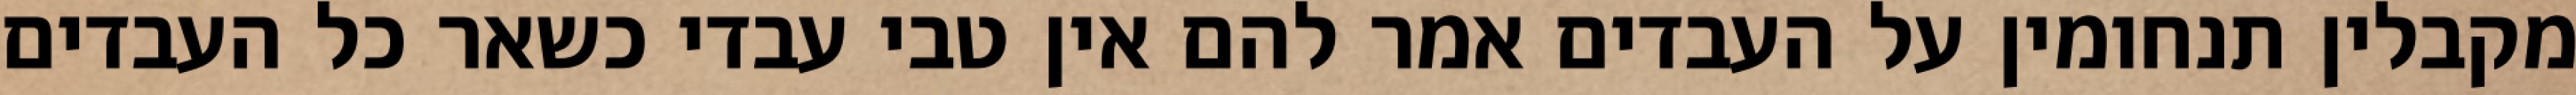
מקבלין תנחומין על העבדים אמר להם אין טבי עבדי כשאר כל העבדים